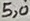
Text: 5,0